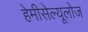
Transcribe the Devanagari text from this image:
हेमीसेल्यूलोज